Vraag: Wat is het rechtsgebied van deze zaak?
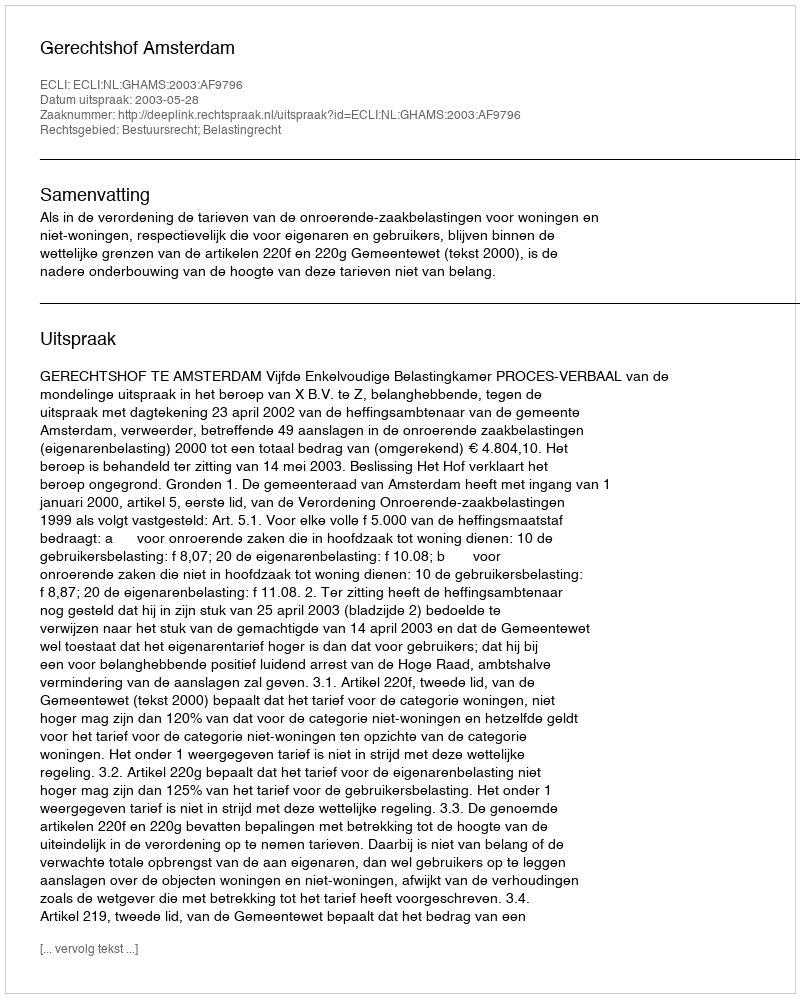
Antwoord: Bestuursrecht; Belastingrecht